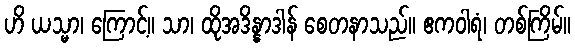
ဟိ ယသ္မာ၊ ကြောင့်။ သာ၊ ထိုအဒိန္နာဒါန် စေတနာသည်။ ဧကဝါရံ၊ တစ်ကြိမ်။